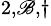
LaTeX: ^{2,\mathscr{B},\dagger}